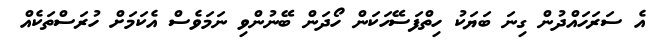
އެ ސަރަހައްދުން ގިނަ ބަޔަކު ހިތްފަސޭހަކަން ހޯދަން ބޭނުންވި ނަމަވެސް އެކަމަށް ހުރަސްތަކެއް